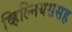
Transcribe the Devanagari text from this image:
व्हिल्नियससह